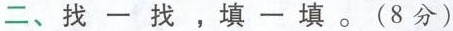
二、找一找，填一填。(8分)